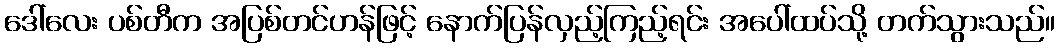
ဒေါ်လေး ပစ်တီက အပြစ်တင်ဟန်ဖြင့် နောက်ပြန်လှည့်ကြည့်ရင်း အပေါ်ထပ်သို့ တက်သွားသည်။